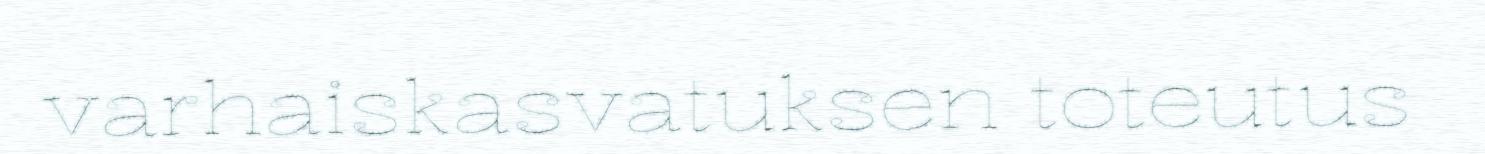
varhaiskasvatuksen toteutus